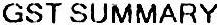
GST SUMMARY